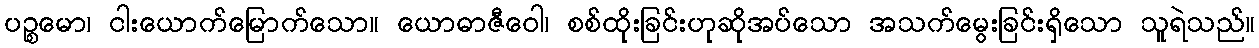
ပဉ္စမော၊ ငါးယောက်မြောက်သော။ ယောဓာဇီဝေါ၊ စစ်ထိုးခြင်းဟုဆိုအပ်သော အသက်မွေးခြင်းရှိသော သူရဲသည်။